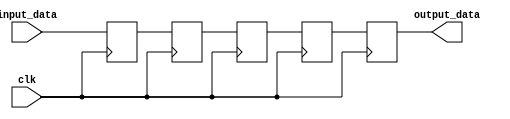
module bypass_register (
   input clk,
   input [3:0] input_data,
   output reg[3:0] output_data
);

reg[3:0] register[1:4];

always @(posedge clk) begin
   register[1] <= input_data;
   register[2] <= register[1];
   register[3] <= register[2];
   register[4] <= register[3];
   output_data <= register[4];
end

endmodule